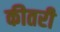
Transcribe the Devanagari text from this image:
कीतरी